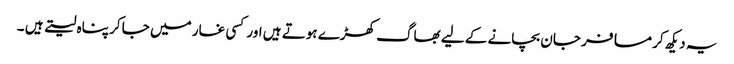
یہ دیکھ کر مسافر جان بچانے کے لیے بھاگ کھڑے ہوتے ہیں اور کسی غار میں جا کر پناہ لیتے ہیں ۔